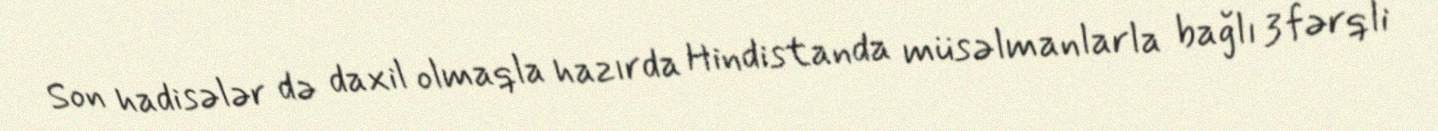
Son hadisələr də daxil olmaqla hazırda Hindistanda müsəlmanlarla bağlı 3 fərqli